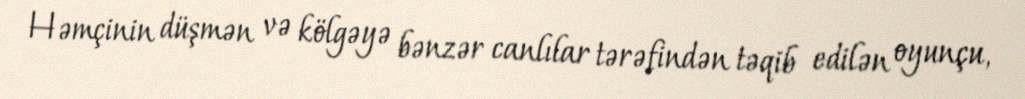
Həmçinin düşmən və kölgəyə bənzər canlılar tərəfindən təqib edilən oyunçu,